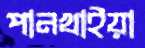
পানখাইয়া